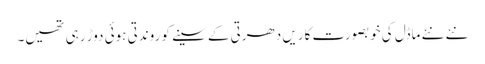
نئے نئے ماڈل کی خوبصورت کاریں دھرتی کے سینے کو روندتی ہوئی دوڑ رہی تھیں۔